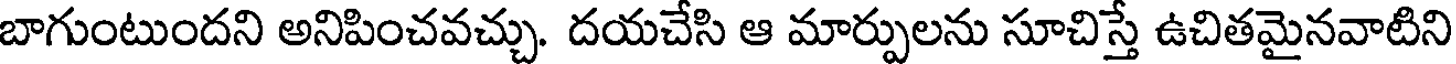
బాగుంటుందని అనిపించవచ్చు. దయచేసి ఆ మార్పులను సూచిస్తే ఉచితమైనవాటిని